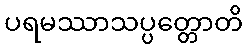
ပရမဿာသပ္ပတ္တောတိ